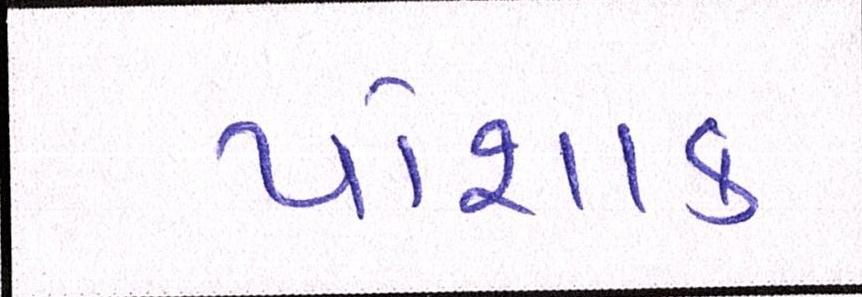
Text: પોશાક